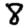
Digit: 8